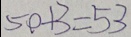
5 0 + 3 = 5 3